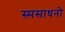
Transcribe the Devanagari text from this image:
स्मसाधनो